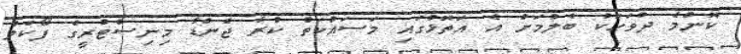
ކޮންމެ ދުވަހަކު ބެލުމަށް އެ އަތޮޅުގައި މަސައްކަތް ކުރާ ޖެންޑާ މިނިސްޓްރީގެ ފޯކަލް